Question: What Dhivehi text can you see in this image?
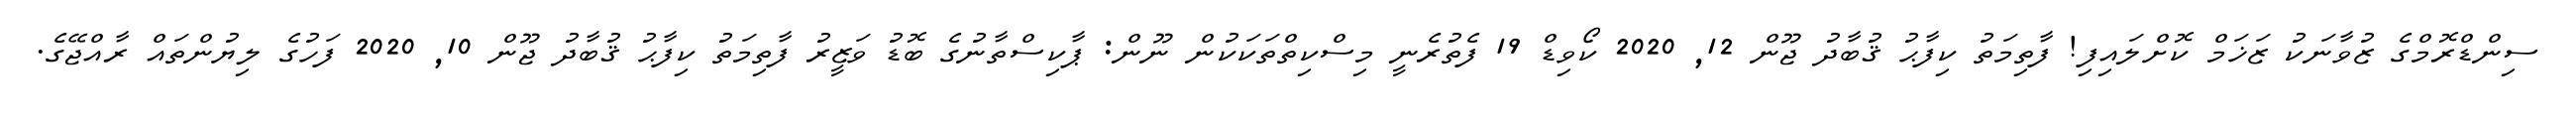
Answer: ސިންޑްރޮމްގެ ޒުވާނަކު ޒަޚަމް ކޮށްލައިފި! ފާތިމަތު ކިފާޙު ޤުބާދު ޖޫން 12, 2020 ކޯވިޑް 19 ފެތުރެނީ މިސްކިތްތަކަކުން ނޫން: ޕާކިސްތާނުގެ ބޮޑު ވަޒީރު ފާތިމަތު ކިފާޙު ޤުބާދު ޖޫން 10, 2020 ފަހުގެ ލިޔުންތައް ރާއްޖޭގެ.